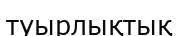
туырлықтық